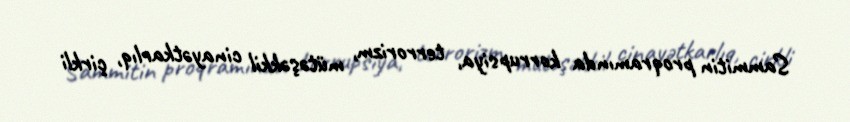
Sammitin proqramında korrupsiya, terrorizm, mütəşəkkil cinayətkarlıq, çirkli